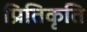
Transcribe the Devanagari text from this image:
प्रितिकृति